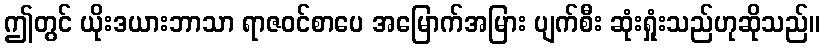
ဤတွင် ယိုးဒယားဘာသာ ရာဇဝင်စာပေ အမြောက်အမြား ပျက်စီး ဆုံးရှုံးသည်ဟုဆိုသည်။